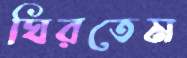
ঘিরতেম